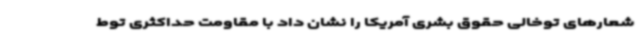
شعارهای توخالی حقوق بشری آمریکا را نشان داد با مقاومت حداکثری توط